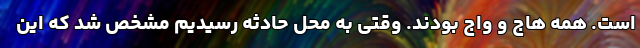
است. همه هاج و واج بودند. وقتی به محل حادثه رسیدیم مشخص شد که این